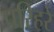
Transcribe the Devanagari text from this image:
परिहरे